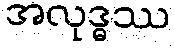
အလုဒ္ဓဿ